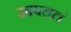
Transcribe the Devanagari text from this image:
सापडतं